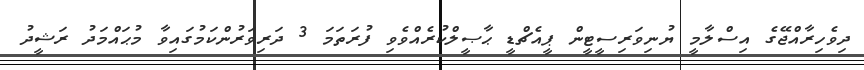
ދިވެހިރާއްޖޭގެ އިސްލާމީ ޔުނިވަރިސީޓީން ޕީއެޗްޑީ ޙާޞީލްކުރެއްވެވި ފުރަތަމަ 3 ދަރިވަރުންކަމުގައިވާ މުޙައްމަދު ރަޝީދު